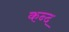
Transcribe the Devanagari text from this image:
कन्‍द